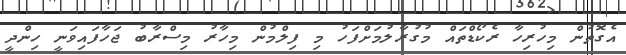
އެގޮތުން މިހުރިހާ ރެކޯޑްތައް މުގުރާލުމަށްފަހު މި ފިލްމުން މިހާރު މިސްރާބު ޖަހާފައިވަނީ ހިންދީ